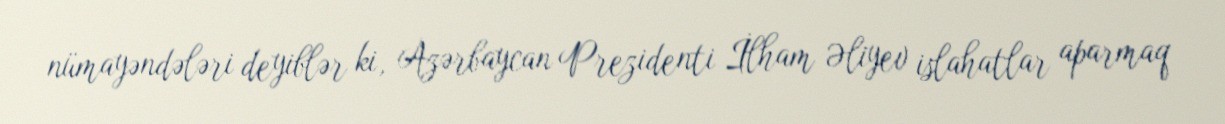
nümayəndələri deyiblər ki, Azərbaycan Prezidenti İlham Əliyev islahatlar aparmaq